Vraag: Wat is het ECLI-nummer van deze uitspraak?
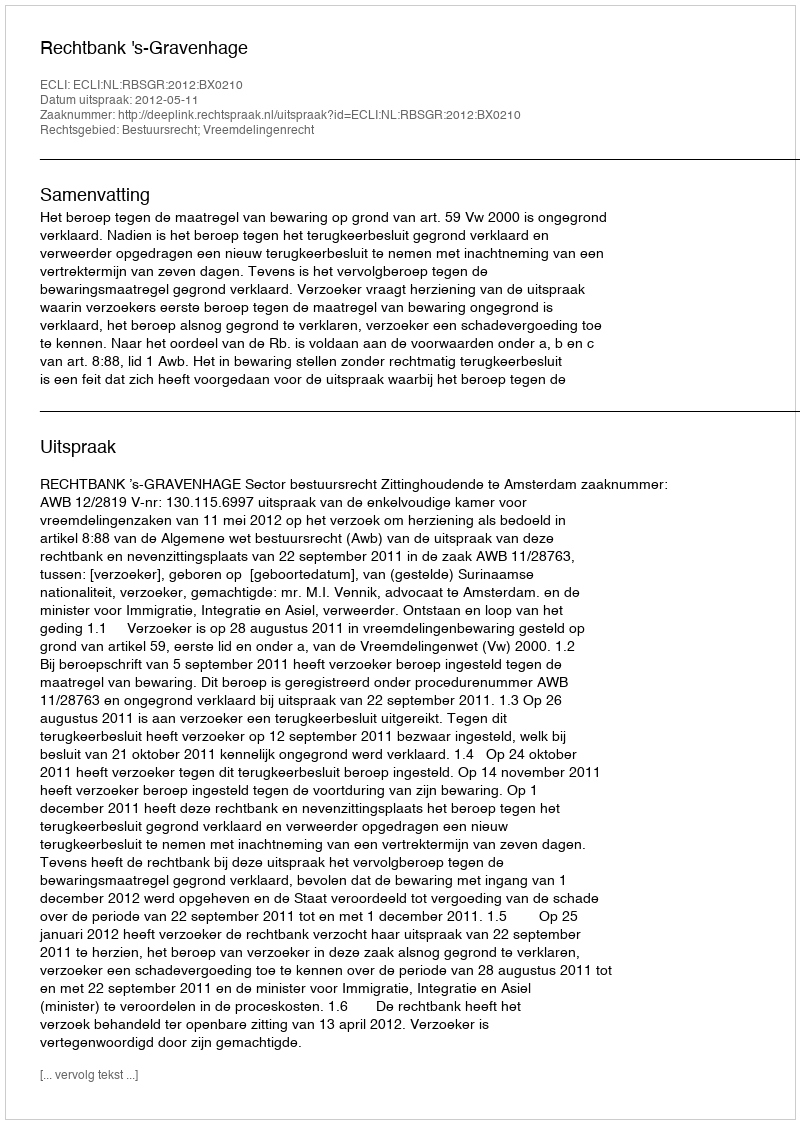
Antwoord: ECLI:NL:RBSGR:2012:BX0210